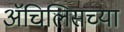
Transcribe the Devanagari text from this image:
ॲचिलिसच्या